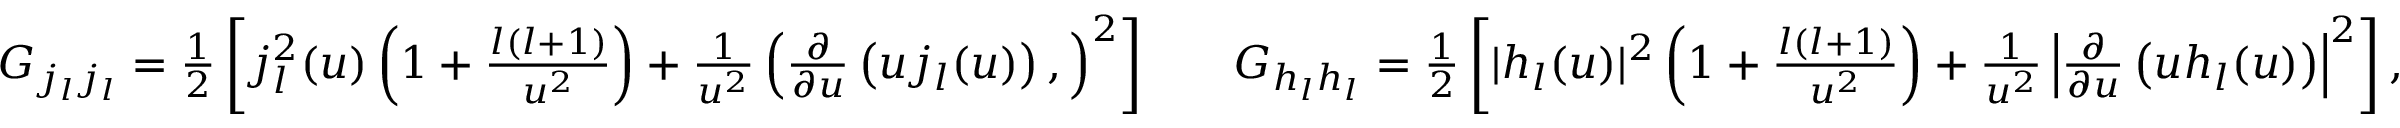
\begin{array} { r l r } { G _ { j _ { l } j _ { l } } = \frac { 1 } { 2 } \left[ j _ { l } ^ { 2 } ( u ) \left( 1 + \frac { l ( l + 1 ) } { u ^ { 2 } } \right) + \frac { 1 } { u ^ { 2 } } \left( \frac { \partial } { \partial u } \left( u j _ { l } ( u ) \right) , \right) ^ { 2 } \right] } & { } & { G _ { h _ { l } h _ { l } } = \frac { 1 } { 2 } \left[ | h _ { l } ( u ) | ^ { 2 } \left( 1 + \frac { l ( l + 1 ) } { u ^ { 2 } } \right) + \frac { 1 } { u ^ { 2 } } \left| \frac { \partial } { \partial u } \left( u h _ { l } ( u ) \right) \right| ^ { 2 } \right] , } \end{array}